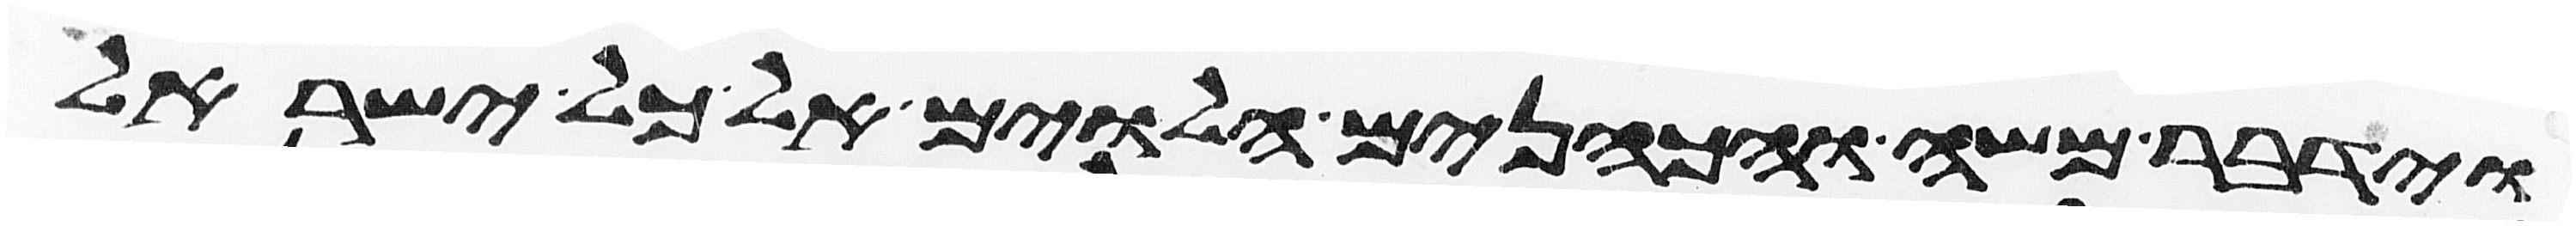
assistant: וידבר משה והכהנים הלוים אל כל ישראל